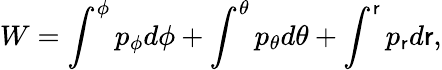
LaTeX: W=\int^{\phi}p_{\phi}d\phi+\int^{\theta}p_{\theta}d\theta+\int^{\mathsf{r}}p_{\mathsf{r}}d\mathsf{r},